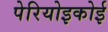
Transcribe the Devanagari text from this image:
पेरियोइकोई